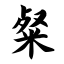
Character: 粲